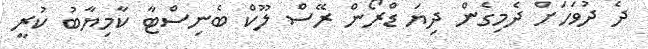
ދެ ދުވަހަށް ދެމިގެން ދިޔަ ޑްރޯން ރޭސް ލޫކް ބެނިސްޓާ ކާމިޔާބު ކުރީ